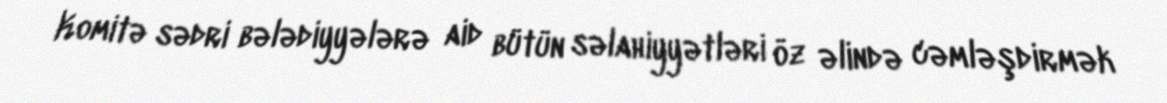
Komitə sədri bələdiyyələrə aid bütün səlahiyyətləri öz əlində cəmləşdirmək